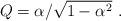
LaTeX: \begin{align*}Q=\alpha/\sqrt{1-\alpha^2} \ . \end{align*}